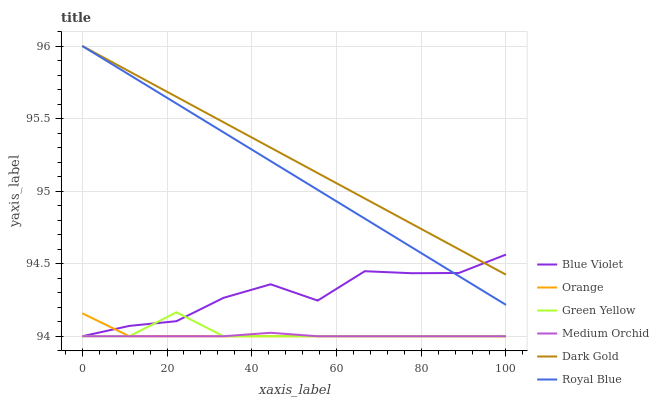
| xaxis_label | Blue Violet | Orange | Green Yellow | Medium Orchid | Dark Gold | Royal Blue |
 | --- | --- | --- | --- | --- | --- | --- |
 | 0 | 94 | 94.2 | 94 | 94 | 96 | 96 |
 | 11.1 | 94.1 | 94 | 94 | 94 | 95.8 | 95.8 |
 | 22.2 | 94.1 | 94 | 94.2 | 94 | 95.6 | 95.6 |
 | 33.3 | 94.3 | 94 | 94 | 94 | 95.5 | 95.4 |
 | 44.4 | 94.4 | 94 | 94 | 94 | 95.3 | 95.2 |
 | 55.6 | 94.2 | 94 | 94 | 94 | 95.1 | 95 |
 | 66.7 | 94.4 | 94 | 94 | 94 | 94.9 | 94.8 |
 | 77.8 | 94.4 | 94 | 94 | 94 | 94.8 | 94.6 |
 | 88.9 | 94.4 | 94 | 94 | 94 | 94.6 | 94.4 |
 | 100 | 94.6 | 94 | 94 | 94 | 94.4 | 94.2 |